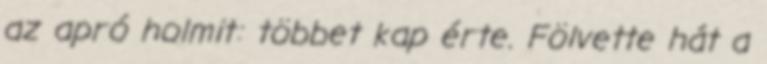
az apró holmit: többet kap érte. Fölvette hát a